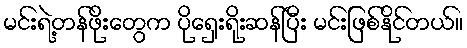
မင်းရဲ့တန်ဖိုးတွေက ပိုရှေးရိုးဆန်ပြီး မင်းဖြစ်နိုင်တယ်။